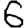
Digit: 6